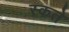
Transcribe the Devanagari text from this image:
स्कते